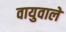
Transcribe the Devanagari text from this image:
वायुवाले